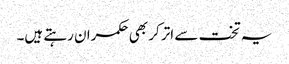
یہ تخت سے اتر کر بھی حکمران رہتے ہیں۔